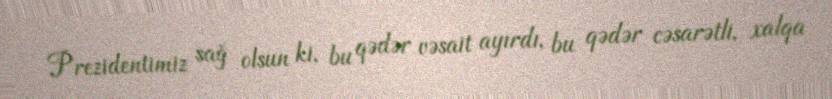
Prezidentimiz sağ olsun ki, bu qədər vəsait ayırdı, bu qədər cəsarətli, xalqa